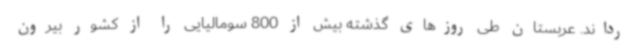
رداند. عربستان طی روزهای گذشته بیش از 800 سومالیایی را از کشور بیرون